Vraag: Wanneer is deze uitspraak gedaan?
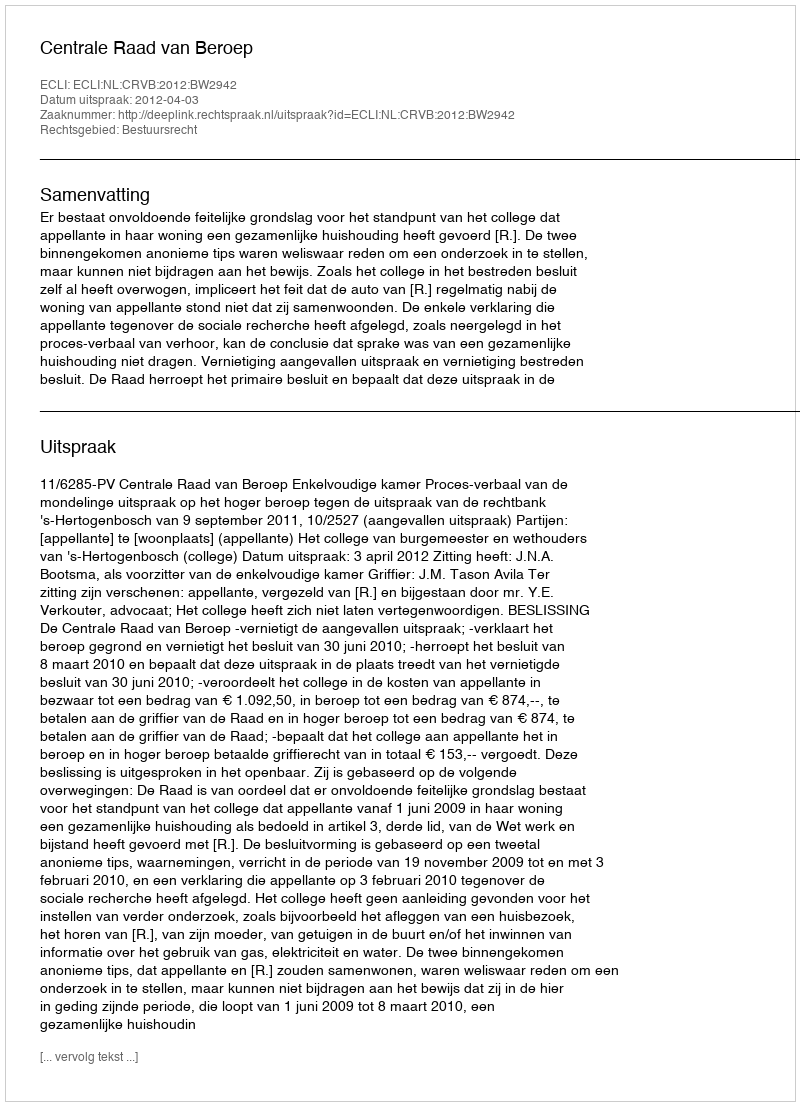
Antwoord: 2012-04-03